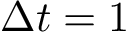
\Delta t = 1